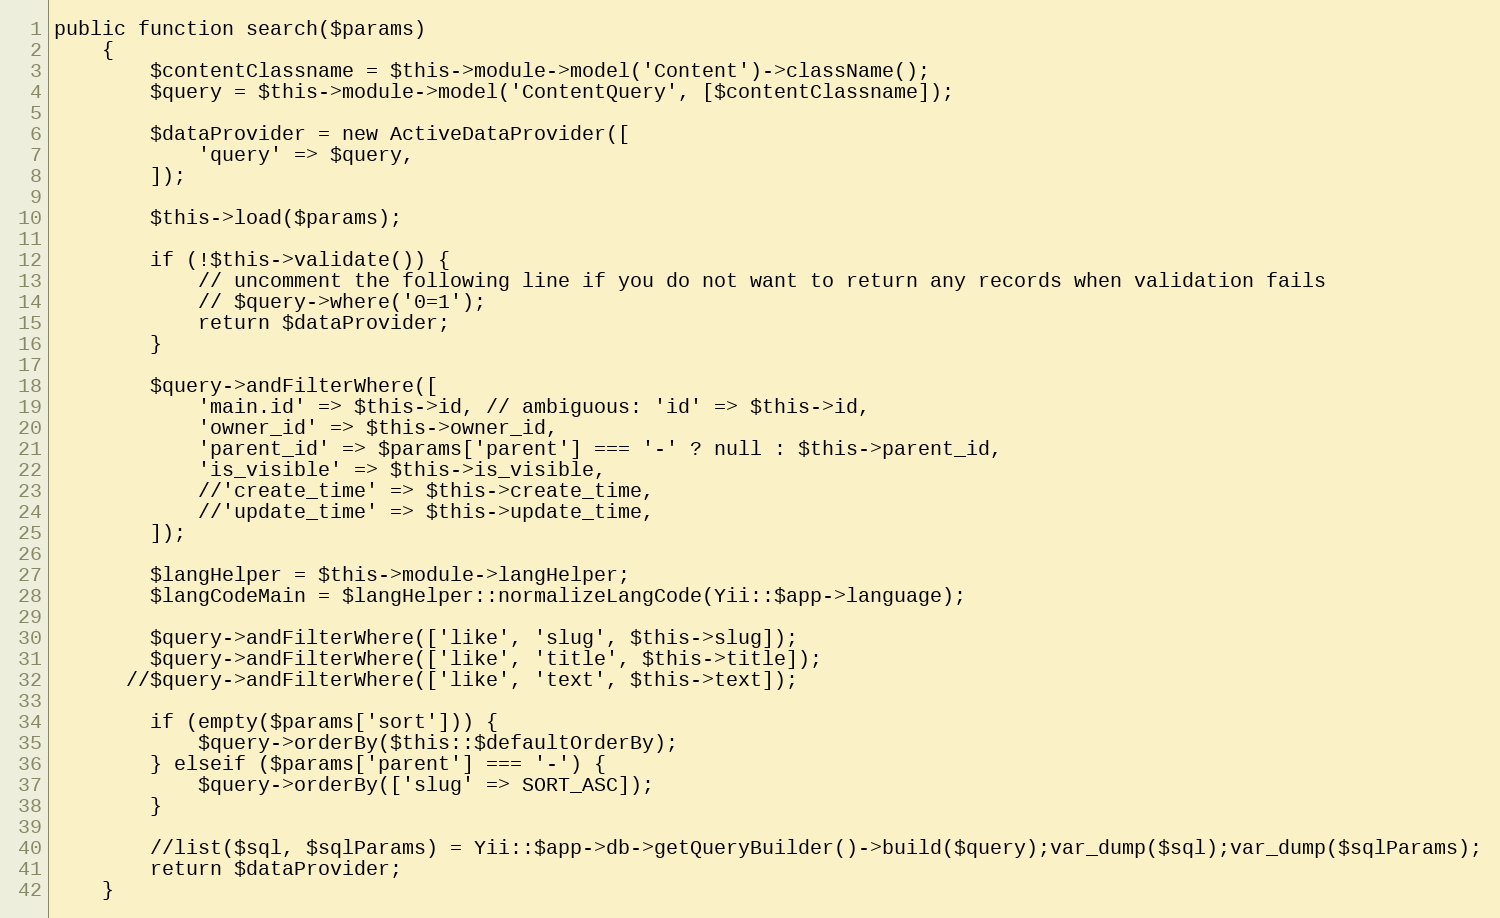
Language: PHP
public function search($params)
    {
        $contentClassname = $this->module->model('Content')->className();
        $query = $this->module->model('ContentQuery', [$contentClassname]);

        $dataProvider = new ActiveDataProvider([
            'query' => $query,
        ]);

        $this->load($params);

        if (!$this->validate()) {
            // uncomment the following line if you do not want to return any records when validation fails
            // $query->where('0=1');
            return $dataProvider;
        }

        $query->andFilterWhere([
            'main.id' => $this->id, // ambiguous: 'id' => $this->id,
            'owner_id' => $this->owner_id,
            'parent_id' => $params['parent'] === '-' ? null : $this->parent_id,
            'is_visible' => $this->is_visible,
            //'create_time' => $this->create_time,
            //'update_time' => $this->update_time,
        ]);

        $langHelper = $this->module->langHelper;
        $langCodeMain = $langHelper::normalizeLangCode(Yii::$app->language);

        $query->andFilterWhere(['like', 'slug', $this->slug]);
        $query->andFilterWhere(['like', 'title', $this->title]);
      //$query->andFilterWhere(['like', 'text', $this->text]);

        if (empty($params['sort'])) {
            $query->orderBy($this::$defaultOrderBy);
        } elseif ($params['parent'] === '-') {
            $query->orderBy(['slug' => SORT_ASC]);
        }

        //list($sql, $sqlParams) = Yii::$app->db->getQueryBuilder()->build($query);var_dump($sql);var_dump($sqlParams);
        return $dataProvider;
    }